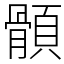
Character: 顝